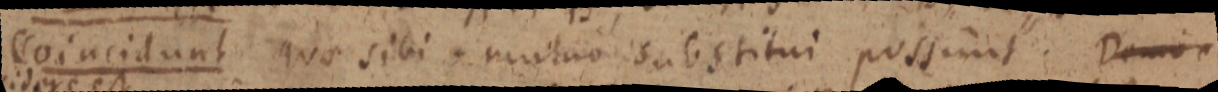
Coincidunt quo sibi mutuo substitui possint. Demon